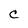
Character: C